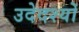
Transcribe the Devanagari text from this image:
उदेदश्यों